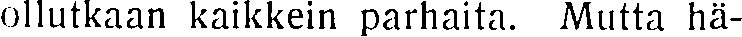
ollutkaan kaikkein parhaita. Mutta hä-